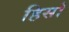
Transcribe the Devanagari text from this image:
हिसो